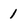
Character: 1